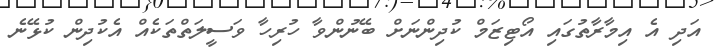
އަދި އެ އިމާރާތުގައި އޯޓިޒަމް ކުދިންނަށް ބޭނުންވާ ހުރިހާ ވަސީލަތްތަކެއް އެކުދިން ކުޅޭނެ